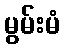
မွမ်းမံ